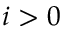
i > 0